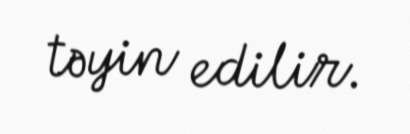
təyin edilir.